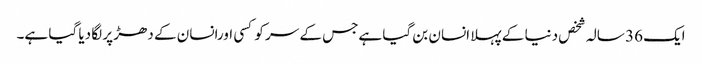
ایک 36 سالہ شخص دنیا کے پہلا انسان بن گیا ہےجس کے سر کو کسی اورانسان کے دھڑ پر لگا دیا گیا ہے۔